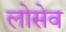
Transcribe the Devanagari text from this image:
लोसेव